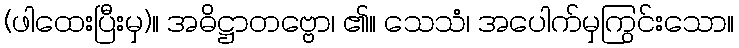
(ဖါထေးပြီးမှ)။ အဓိဋ္ဌာတဗ္ဗော၊ ၏။ သေသံ၊ အပေါက်မှကြွင်းသော။